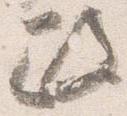
政